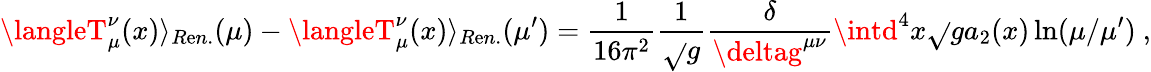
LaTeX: \langleT_{\mu}^{\nu}(x)\rangle_{R\mathrm{e}n.}(\mu)-\langleT_{\mu}^{\nu}(x)\rangle_{R\mathrm{e}n.}(\mu^{\prime})=\frac{1}{{16\pi^{2}}}\frac{1}{{\sqrt{}{{g}}}}\frac{{\delta}}{{\deltag^{\mu\nu}}}\intd^{4}x\sqrt{}{{g}}a_{2}(x)\ln(\mu/\mu^{\prime})\ ,